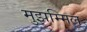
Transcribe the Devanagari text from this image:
मुझम्मिल